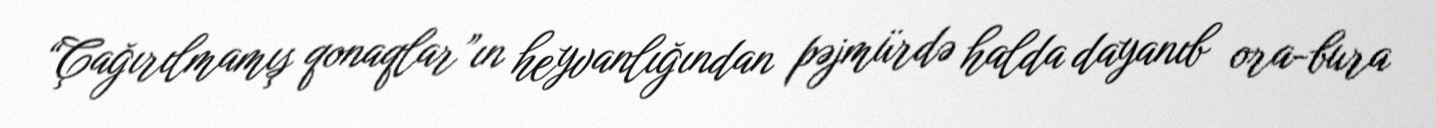
“Çağırılmamış qonaqlar”ın heyvanlığından pəjmürdə halda dayanıb ora-bura